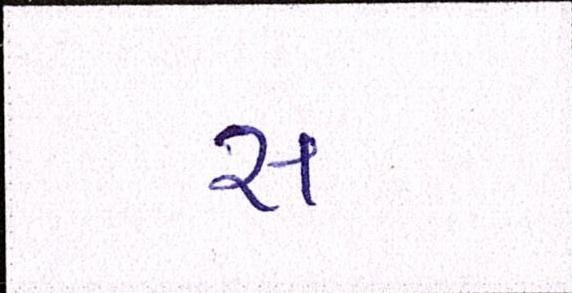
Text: સ